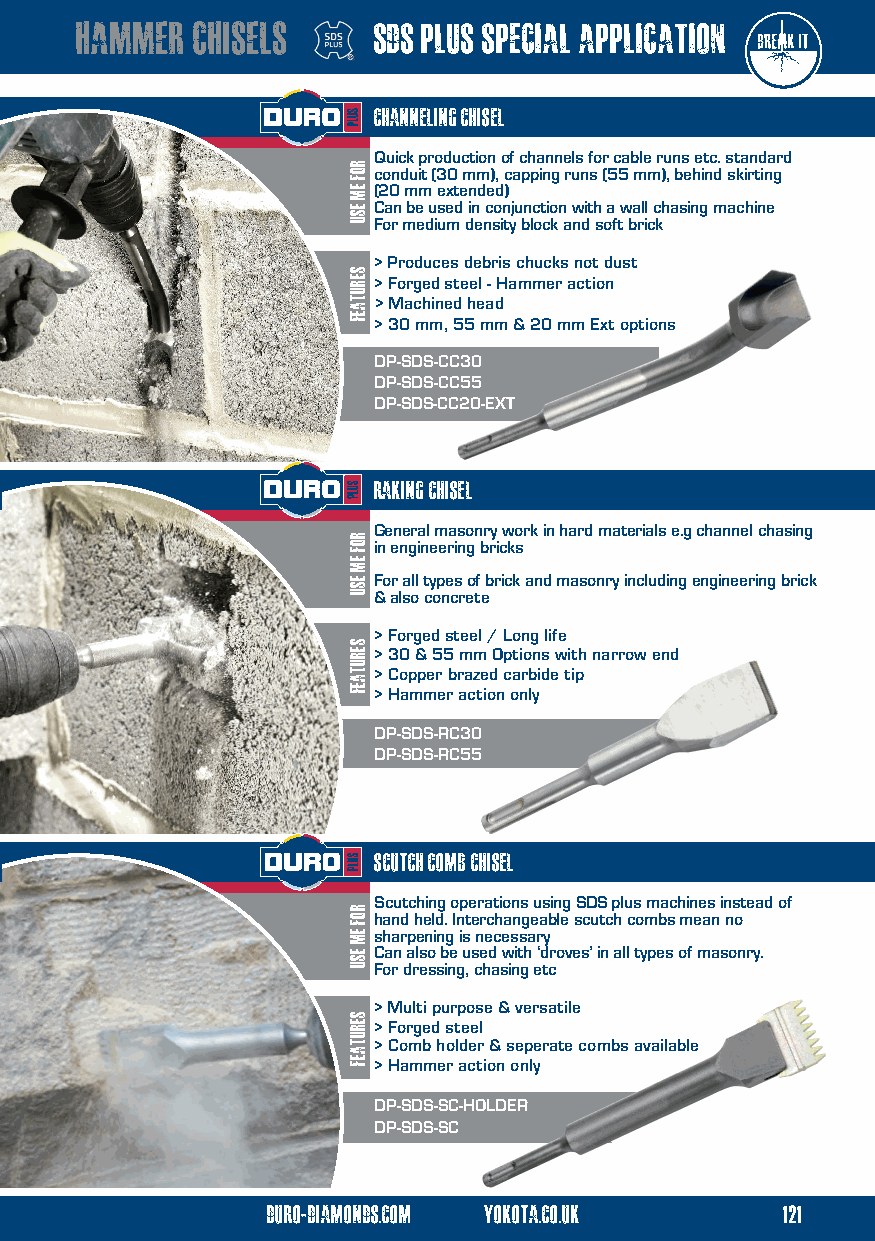
hammer  chisels     sds plus special application
 channeling chisel
 Quick production of channels for cable runs etc. standard
 conduit (30 mm), capping runs (55 mm), behind skirting
 (20 mm extended)
 Can be used in conjunction with a wall chasing machine
 For medium density block and soft brick
 > Produces debris chucks not dust
 > Forged steel - Hammer action
 > Machined head
 > 30 mm, 55 mm & 20 mm Ext options
 DP-SDS-CC30
 DP-SDS-CC55
 DP-SDS-CC20-EXT
 raking chisel
 General masonry work in hard materials e.g channel chasing
 in engineering bricks
 For all types of brick and masonry including engineering brick
 & also concrete
 > Forged steel / Long life
 > 30 & 55 mm Options with narrow end
 > Copper brazed carbide tip
 > Hammer action only
 DP-SDS-RC30
 DP-SDS-RC55
 scutch comb chisel
 Scutching operations using SDS plus machines instead of
 hand held. Interchangeable scutch combs mean no
 sharpening is necessary
 Can also be used with ‘droves’ in all types of masonry.
 For dressing, chasing etc
 > Multi purpose & versatile
 > Forged steel
 > Comb holder & seperate combs available
 > Hammer action only
 DP-SDS-SC-HOLDER
 DP-SDS-SC
 duro-diamonds.com yokota.co.uk    121
 ROF
 EM
 ESU
 serutaef
 ROF
 EM
 ESU
 serutaef
 ROF
 EM
 ESU
 serutaef